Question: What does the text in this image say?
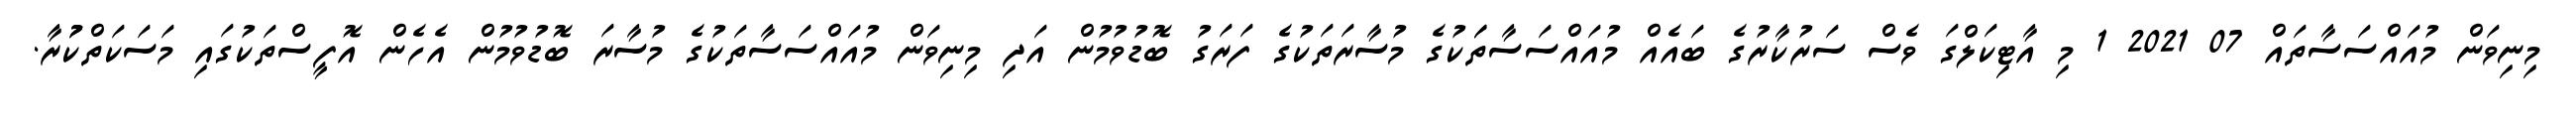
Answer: މިނިވަން މުއައްސަސާތައް 07 2021 1 މި އާޓިކަލްގަ ވެސް ސަރުކާރުގެ ބައެއް މުއައްސަސާތަަކުގެ މުސާރަތަކުގެ ފަރަގު ބޮޑުވުމުން އަދި މިނިވަން މުއައްސަސާތަކުގެ މުސާރަ ބޮޑުވުމުން އެހެން އޮފީސްތަކުގައި މަސަކަތްކުުރާ.